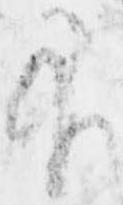
不